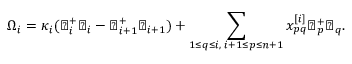
\Omega _ { i } = \kappa _ { i } ( \flat _ { i } ^ { + } \flat _ { i } - \flat _ { i + 1 } ^ { + } \flat _ { i + 1 } ) + \sum _ { 1 \leq q \leq i , \; i + 1 \leq p \leq n + 1 } x _ { p q } ^ { [ i ] } \flat _ { p } ^ { + } \flat _ { q } .